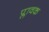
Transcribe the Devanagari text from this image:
प्लावक